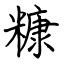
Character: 糠